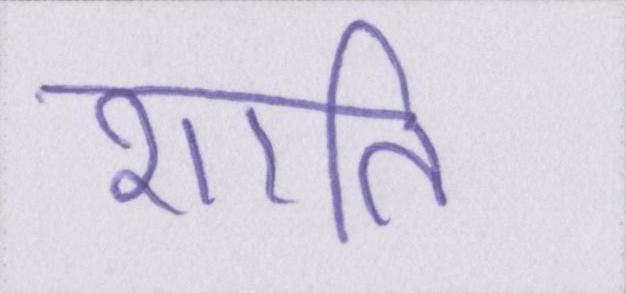
शाति